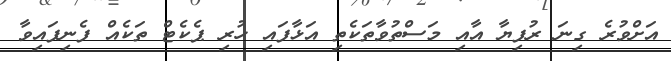
އަށްވުރެ ގިނަ ރުފިޔާ އާއި މަސްތުވާތަކެތި އަޅާފައި ހުރި ޕެކެޓް ތަކެއް ފެނިފައިވާ